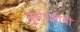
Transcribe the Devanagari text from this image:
कुरणशेती